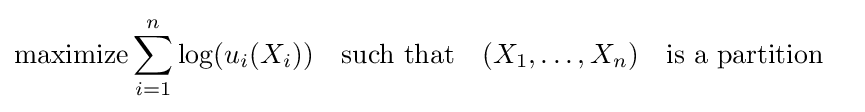
{\text{maximize}}\sum _{i=1}^{n}\log(u_{i}(X_{i}))~~~{\text{such that}}~~~(X_{1},\ldots ,X_{n})~~~{\text{is a partition}}~~~